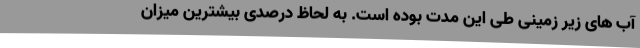
آب های زیر زمینی طی این مدت بوده است. به لحاظ درصدی بیشترین میزان